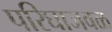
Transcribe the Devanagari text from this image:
परिघाजवळ